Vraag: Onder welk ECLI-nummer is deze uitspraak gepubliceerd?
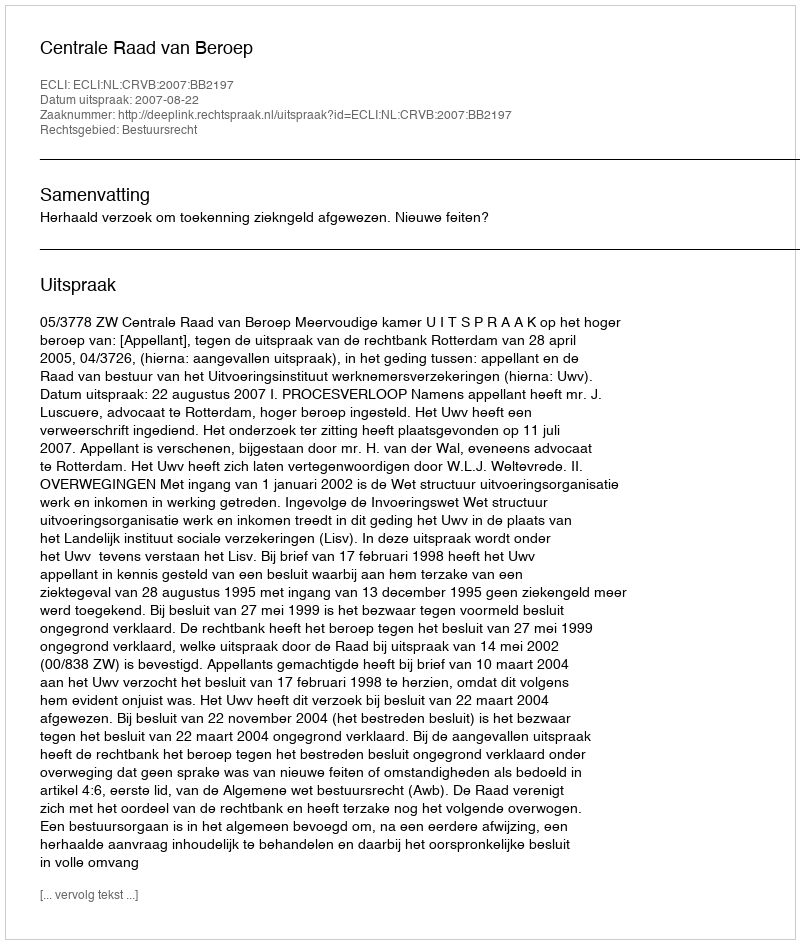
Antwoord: ECLI:NL:CRVB:2007:BB2197